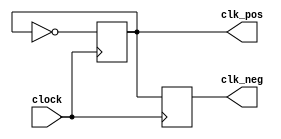
module clock_div (clock, clk_pos, clk_neg);

input clock;
output clk_pos, clk_neg;

(* preserve="true" *) reg clk_pos, clk_neg;


always@(posedge clock)begin
	clk_pos<=~clk_pos;
	clk_neg<=clk_pos;
end

endmodule